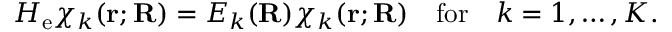
H _ { \mathrm { e } } \chi _ { k } ( \mathbf { r } ; \mathbf { R } ) = E _ { k } ( \mathbf { R } ) \chi _ { k } ( \mathbf { r } ; \mathbf { R } ) \quad { \mathrm { f o r } } \quad k = 1 , \ldots , K .